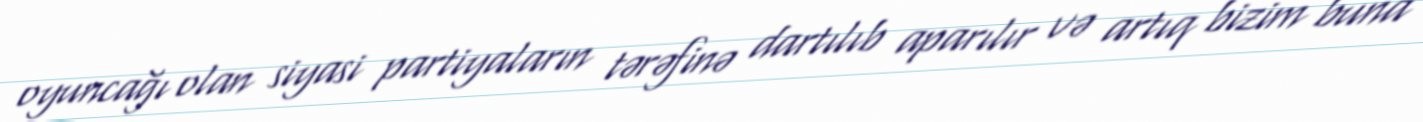
oyuncağı olan siyasi partiyaların tərəfinə dartılıb aparılır və artıq bizim buna